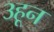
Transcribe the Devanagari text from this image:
३हून